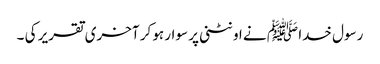
رسول خدا ﷺ نے اونٹنی پر سوار ہو کر آخری تقریر کی ۔